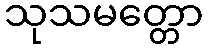
သုသမတ္တော